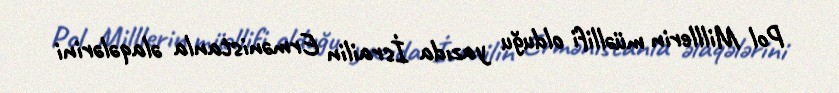
Pol Milllerin müəllifi olduğu yazıda İsrailin Ermənistanla əlaqələrini